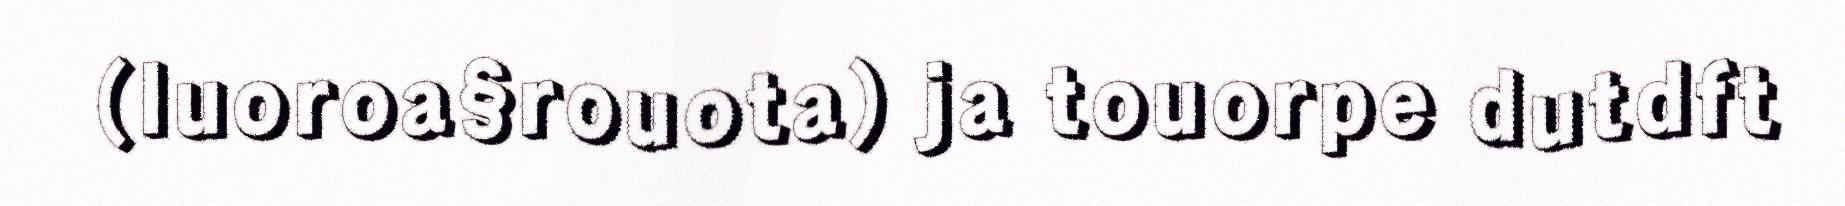
(luoroa§rouota) ja touorpe dutdft